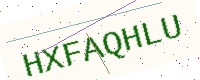
Text: HXFAQHLU